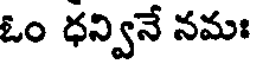
ఓం ధన్వినే నమః